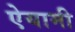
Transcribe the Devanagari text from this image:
ऐयामी